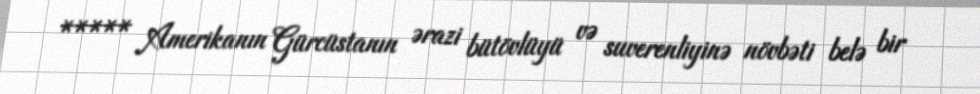
***** Amerikanın Gürcüstanın ərazi bütövlüyü və suverenliyinə növbəti belə bir